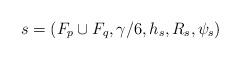
LaTeX: \begin{align*}s = (F_p \cup F_q, \gamma/6, h_s, R_s, \psi_s)\end{align*}